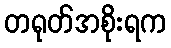
တရုတ်အစိုးရက